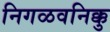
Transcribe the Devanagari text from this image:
निगळवनिक्कु